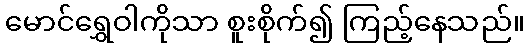
မောင်ရွှေဝါကိုသာ စူးစိုက်၍ ကြည့်နေသည်။